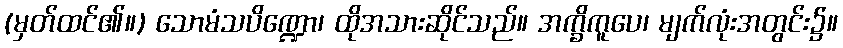
(မှတ်ထင်၏။) သောမံသပိဏ္ဍော၊ ထိုအသားဆိုင်သည်။ အက္ခိကူပေ၊ မျက်လုံးအတွင်း၌။